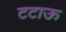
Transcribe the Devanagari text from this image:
टटाऊ